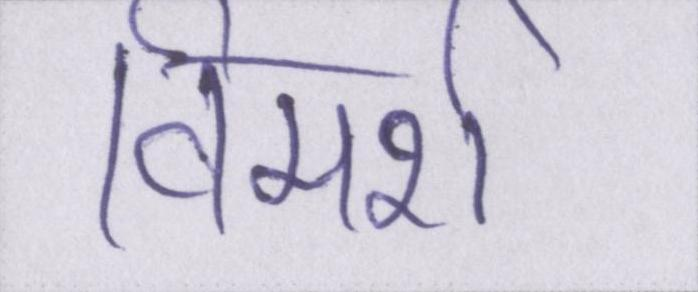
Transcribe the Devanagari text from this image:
विमर्श